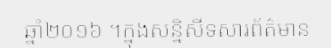
ឆ្នាំ២០១៦ ។ក្នុងសន្និសីទសារព័ត៌មាន